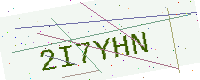
Text: 2I7YHN